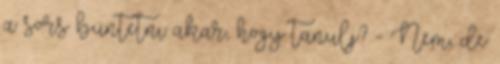
a sors büntetni akar, hogy tanulj? - Nem, de